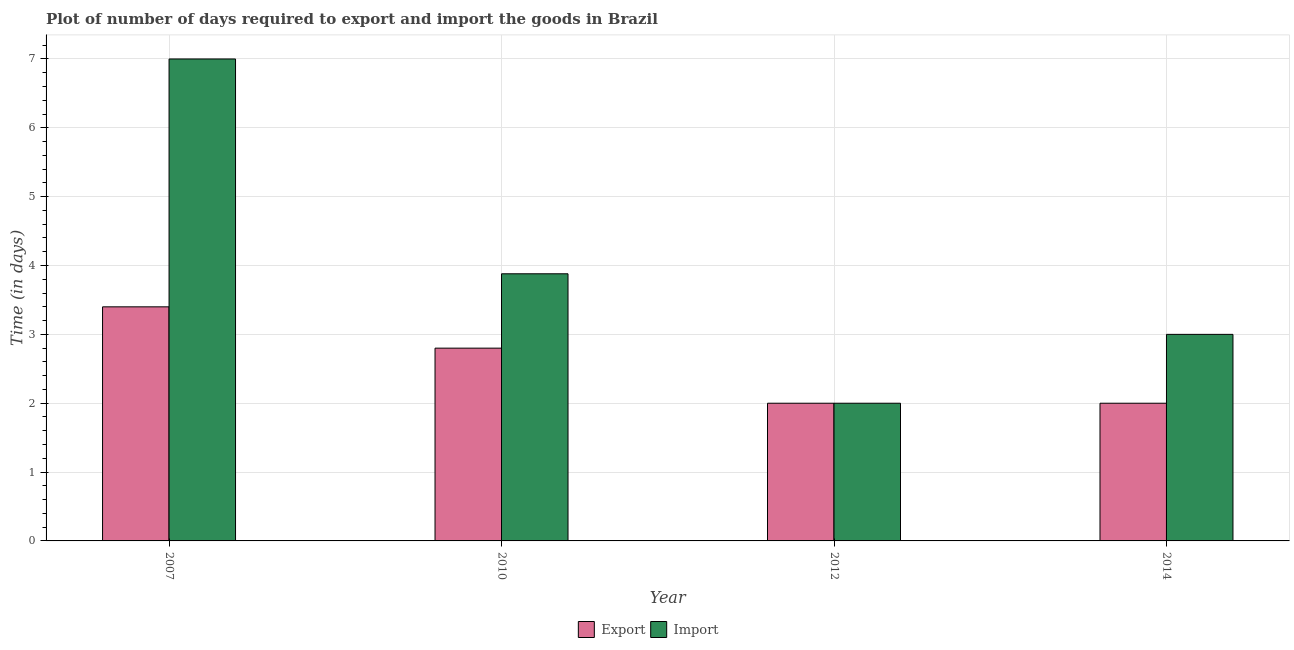
| Year | Export | Import |
 | --- | --- | --- |
 | 2007 | 3.4 | 7 |
 | 2010 | 2.8 | 3.88 |
 | 2012 | 2 | 2 |
 | 2014 | 2 | 3 |